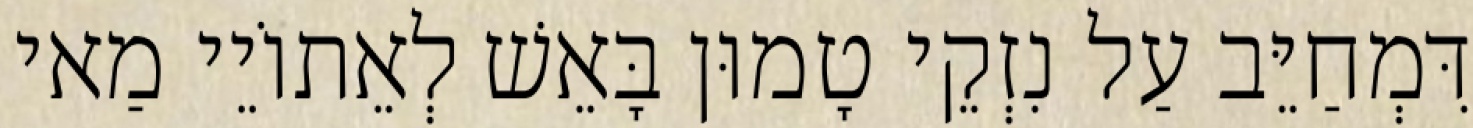
דִּמְחַיֵּב עַל נִזְקֵי טָמוּן בָּאֵשׁ לְאֵתוֹיֵי מַאי